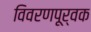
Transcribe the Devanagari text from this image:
विवरणपूर्वक